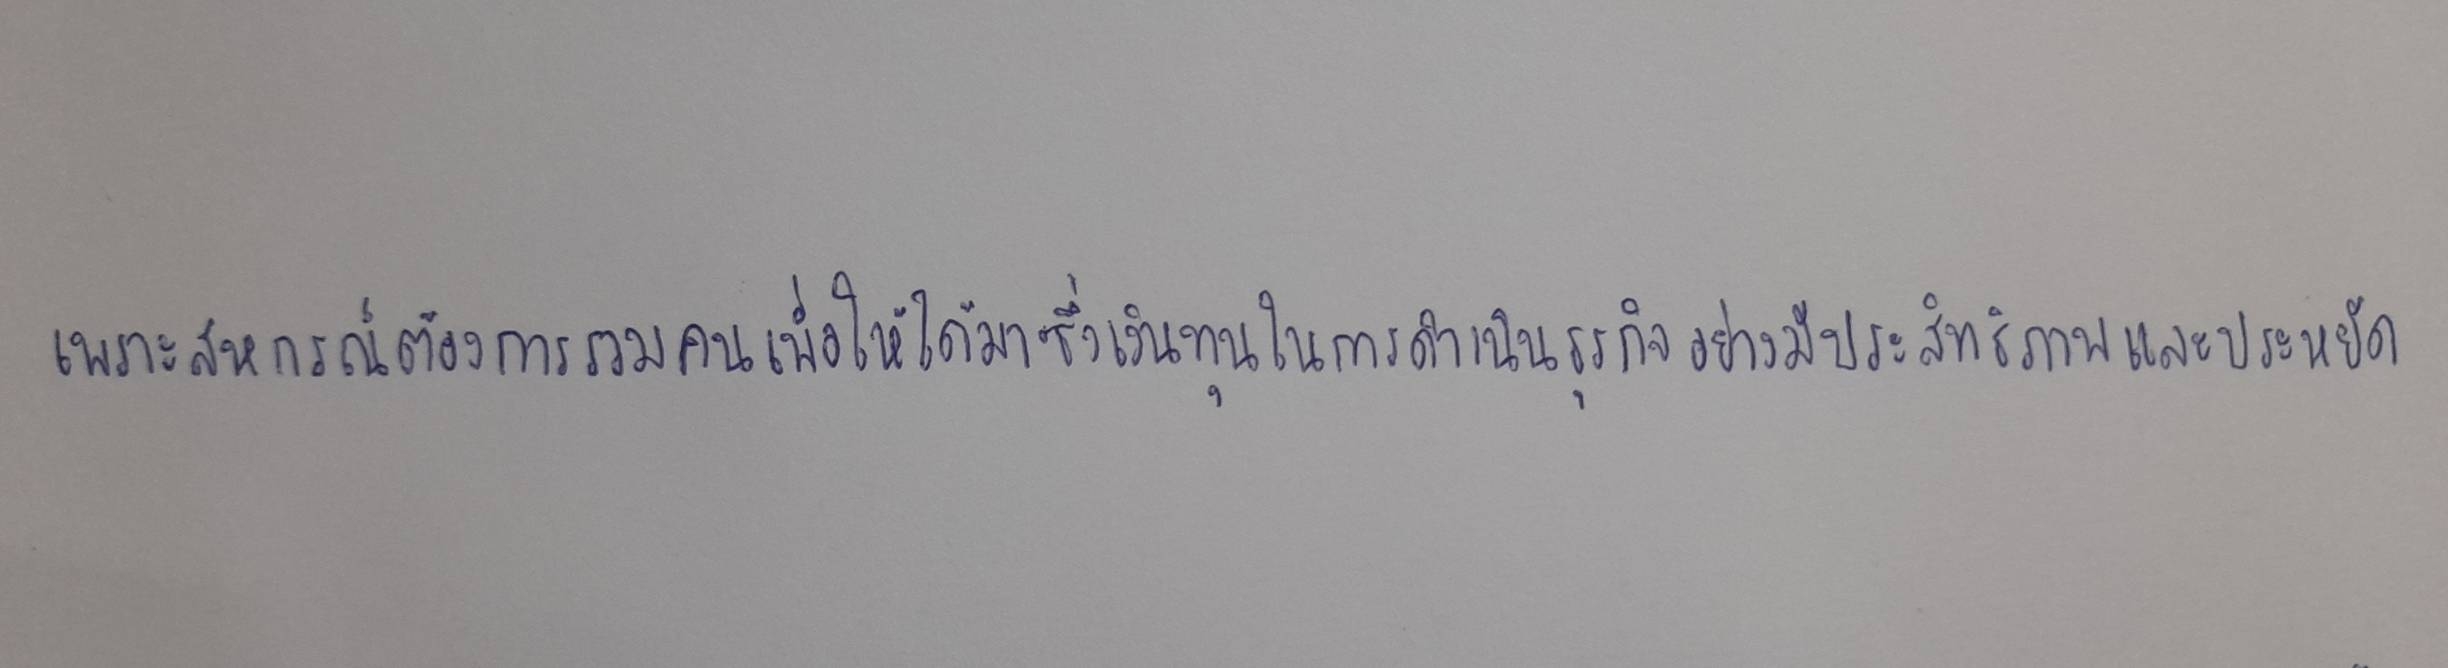
เพราะสหกรณ์ต้องการรวมคนเพื่อให้ได้มาซึ่งเงินทุนในการดำเนินธุรกิจอย่างมีประสิทธิภาพและประหยัด